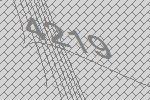
4219